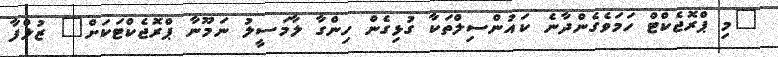
"މި ޕްރޮޖެކްޓް ހަމަވެގެންދާނެ ކައުންސިލްތަކާ ގުޅިގެން ހިންގާ ލާމަސީލު ނަމޫނާ ޕްރޮޖެކްޓަކަށް" ޒުލްފާ